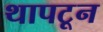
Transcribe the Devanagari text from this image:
थापटून